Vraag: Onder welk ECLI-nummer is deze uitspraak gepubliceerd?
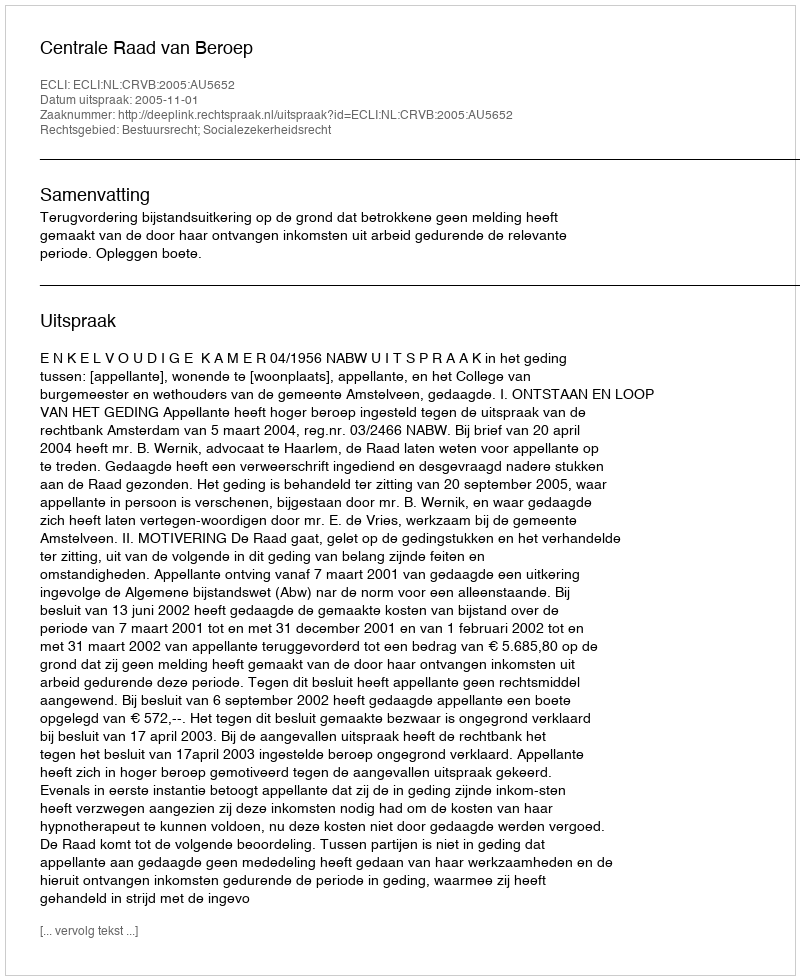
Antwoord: ECLI:NL:CRVB:2005:AU5652